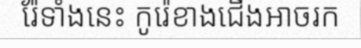
រ៉ែទាំងនេះ កូរ៉េខាងជើងអាចរក